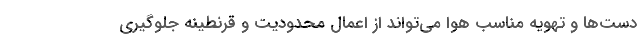
دست‌ها و تهویه مناسب هوا می‌تواند از اعمال محدودیت و قرنطینه جلوگیری